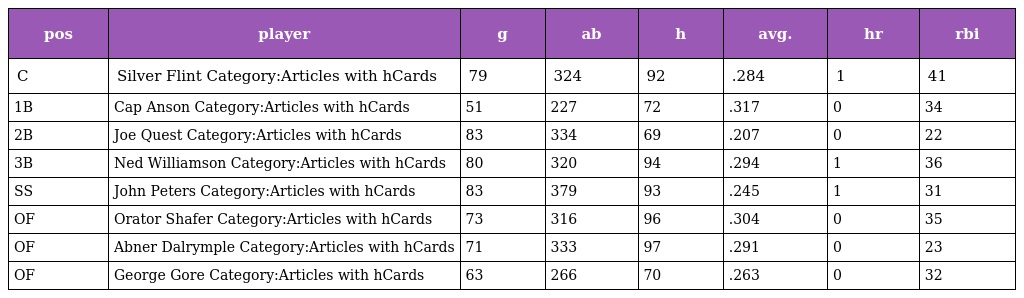
| pos | player | g | ab | h | avg. | hr | rbi |
 | --- | --- | --- | --- | --- | --- | --- | --- |
 | C | Silver Flint Category:Articles with hCards | 79 | 324 | 92 | .284 | 1 | 41 |
 | 1B | Cap Anson Category:Articles with hCards | 51 | 227 | 72 | .317 | 0 | 34 |
 | 2B | Joe Quest Category:Articles with hCards | 83 | 334 | 69 | .207 | 0 | 22 |
 | 3B | Ned Williamson Category:Articles with hCards | 80 | 320 | 94 | .294 | 1 | 36 |
 | SS | John Peters Category:Articles with hCards | 83 | 379 | 93 | .245 | 1 | 31 |
 | OF | Orator Shafer Category:Articles with hCards | 73 | 316 | 96 | .304 | 0 | 35 |
 | OF | Abner Dalrymple Category:Articles with hCards | 71 | 333 | 97 | .291 | 0 | 23 |
 | OF | George Gore Category:Articles with hCards | 63 | 266 | 70 | .263 | 0 | 32 |